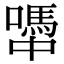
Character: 𡁉